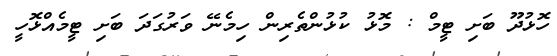
ހޮޅުދޫ ބަށި ޓީމް : މޮޅު ކުޅުންތެރިން ހިމެނޭ ވަރުގަދަ ބަށި ޓީމެއްޅޮހީ